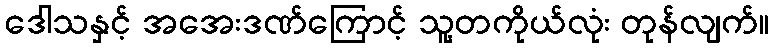
ဒေါသနှင့် အအေးဒဏ်ကြောင့် သူ့တကိုယ်လုံး တုန်လျက်။